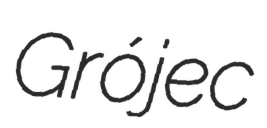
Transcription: Grójec